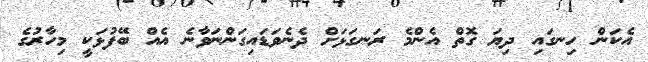
އެކަން ހިނގައި ދިޔަ ގޮތް އެންމެ ރަނގަޅަށް ދެނެވަޑައިގަންނަވާނެ އެއް ބޭފުޅަކީ މިހާރުގެ